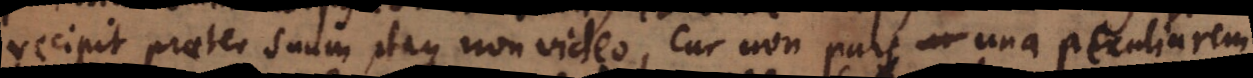
recipit praeter suum, itaque non video, cur non pars una peculiarem